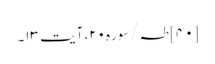
[۴۰] طہ/سوره۲۰، آیت ۱۳۔